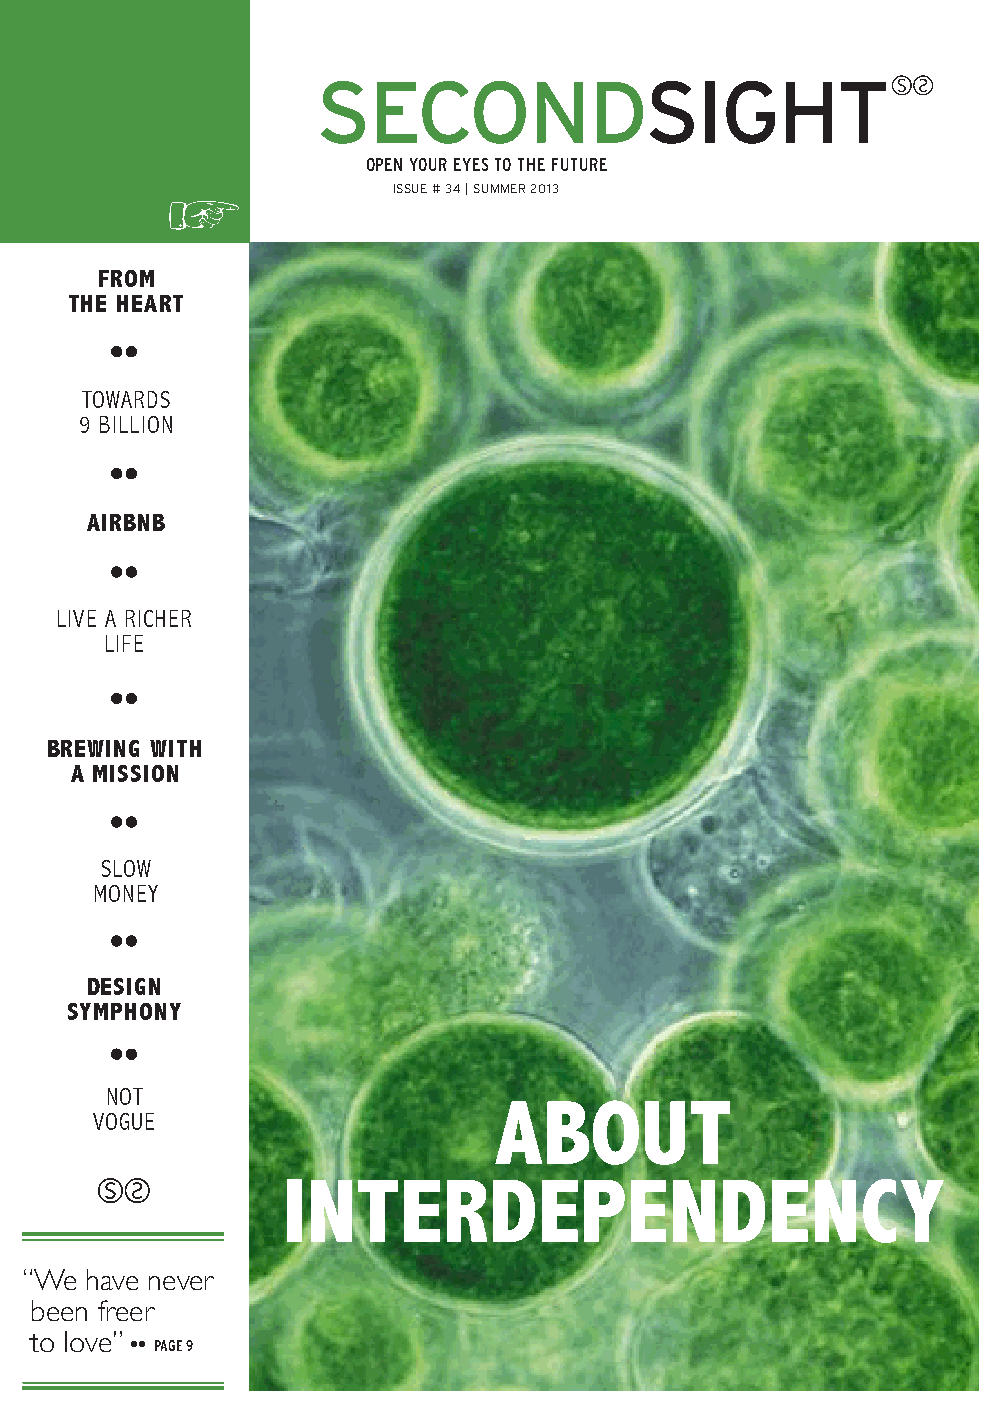
OPEN YOUR EYES TO THE FUTURE
 ISSUE # 34 | SUMMER 2013
 FROM
 THE HEART
 TOWARDS
 9 BILLION
 AIRBNB
 LIVE A RICHER
 LIFE
 BREWING WITH
 A MISSION
 SLOW
 MONEY
 DESIGN
 SYMPHONY
 NOT
 ABOUT
 VOGUE
 INTERDEPENDENCY
 “We  have never
 been freer
 to love”
 PAGE 9